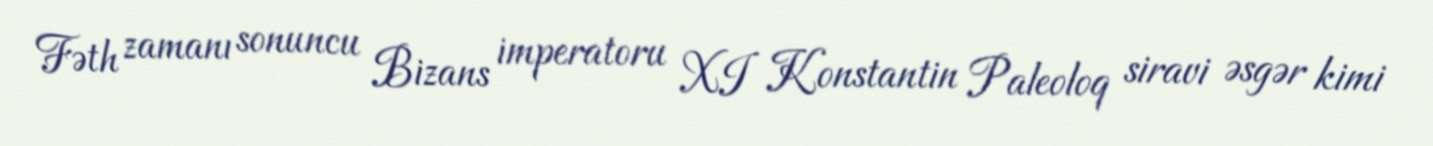
Fəth zamanı sonuncu Bizans imperatoru XI Konstantin Paleoloq siravi əsgər kimi